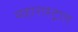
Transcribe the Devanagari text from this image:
महाराश्ट्रात